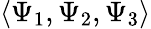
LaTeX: \langle\Psi_{1},\Psi_{2},\Psi_{3}\rangle